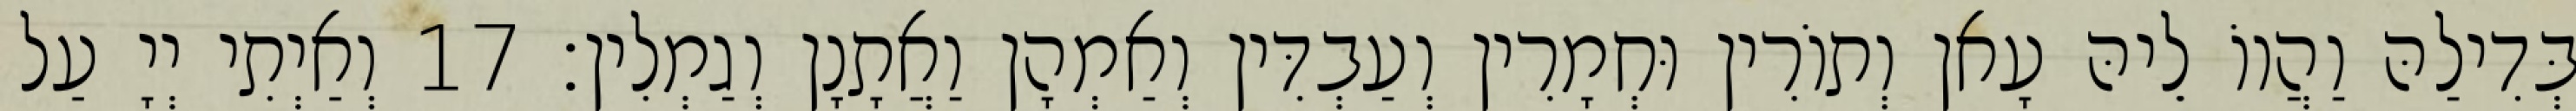
בְּדִילַהּ וַהֲווֹ לֵיהּ עָאן וְתוֹרִין וּחְמָרִין וְעַבְדִּין וְאַמְהָן וַאֲתָנָן וְגַמְלִין׃ 17 וְאַיְתִי יְיָ עַל